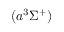
( a ^ { 3 } \Sigma ^ { + } )